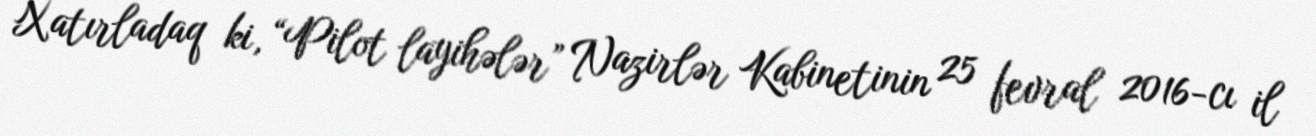
Xatırladaq ki, “Pilot layihələr” Nazirlər Kabinetinin 25 fevral 2016-cı il